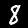
Label: 8